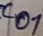
Text: C01